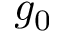
g _ { 0 }